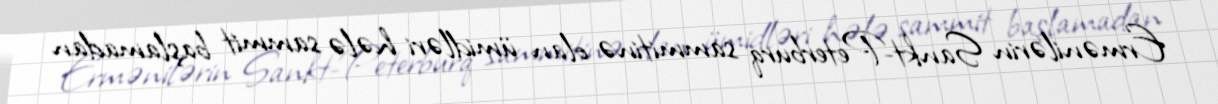
Ermənilərin Sankt-Peterburq sammitinə olan ümidləri hələ sammit başlamadan